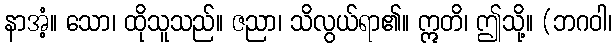
နာအံ့။ သော၊ ထိုသူသည်။ ဇညာ၊ သိလွယ်ရာ၏။ ဣတိ၊ ဤသို့။ (ဘဂဝါ၊